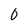
Character: 0